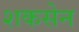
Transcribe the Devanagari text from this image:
शकसेन